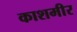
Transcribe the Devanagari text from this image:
काशमीर